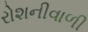
રોશનીવાળી